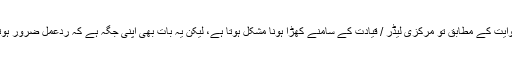
اب اس امرپر نظر رکھنا ہو گی کہ روایت کے مطابق تو مرکزی لیڈر / قیادت کے سامنے کھڑا ہونا مشکل ہوتا ہے، لیکن یہ بات بھی اپنی جگہ ہے کہ ردعمل ضرور ہوتا ہے، چاہے اس میں تاخیر ہو جائے۔